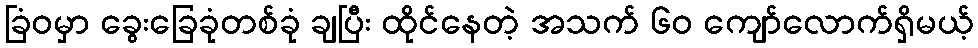
ခြံဝမှာ ခွေးခြေခုံတစ်ခုံ ချပြီး ထိုင်နေတဲ့ အသက် ၆၀ ကျော်လောက်ရှိမယ့်